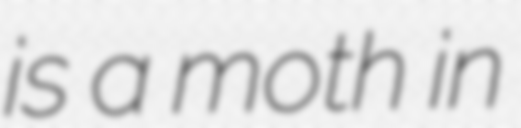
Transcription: is a moth in